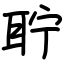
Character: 聍